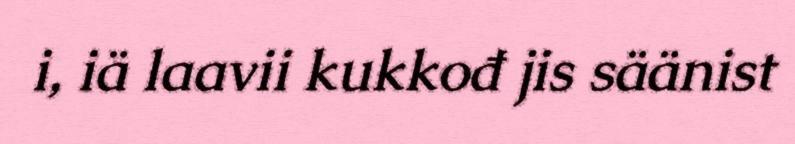
i, iä laavii kukkođ jis säänist